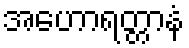
အဟောရတ္တာနံ